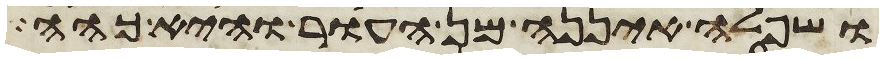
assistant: ושפלה איננה מן העור והיא כהה